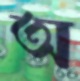
অ